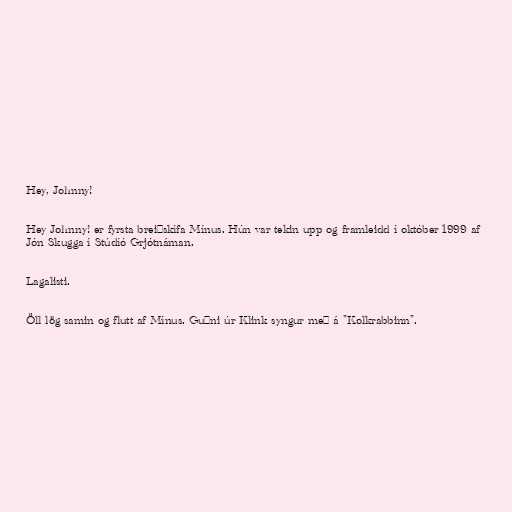
Hey, Johnny!

Hey Johnny! er fyrsta breiðskífa Mínus. Hún var tekin upp og framleidd í október 1999 af
Jón Skugga í Stúdíó Grjótnáman.

Lagalisti.

Öll lög samin og flutt af Mínus. Guðni úr Klink syngur með á "Kolkrabbinn".